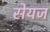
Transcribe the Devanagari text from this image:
सेयज